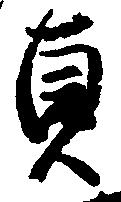
貞